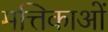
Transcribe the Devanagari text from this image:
मत्तिकाओं